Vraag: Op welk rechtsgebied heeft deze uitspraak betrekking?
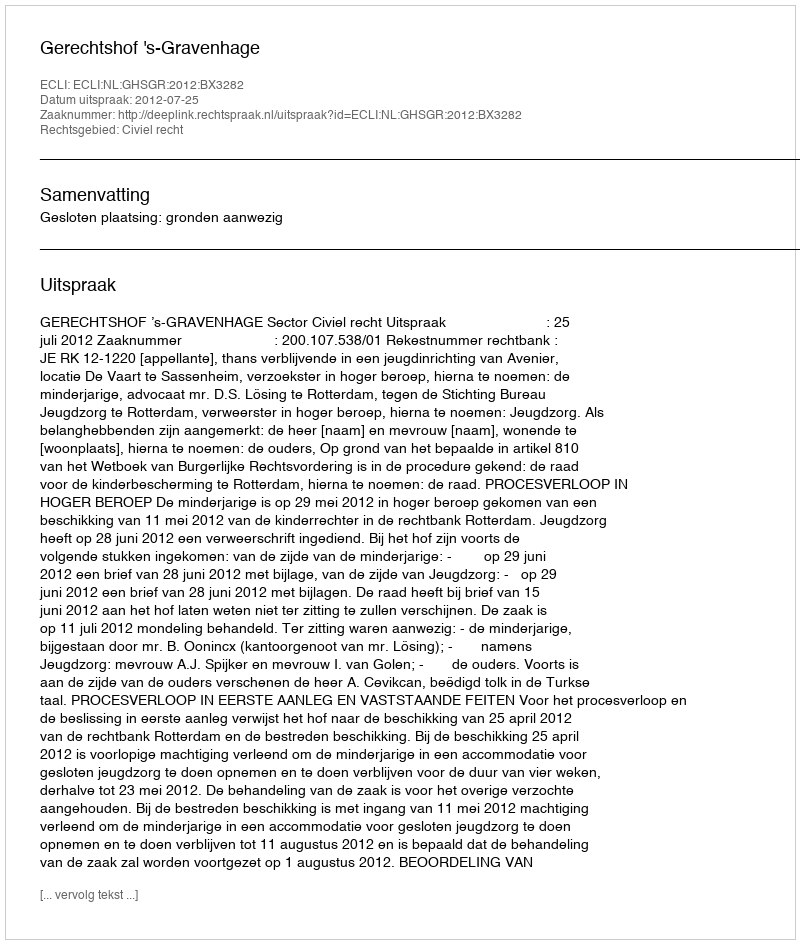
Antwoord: Civiel recht